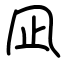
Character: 凪